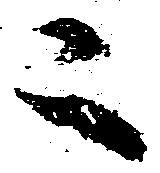
二